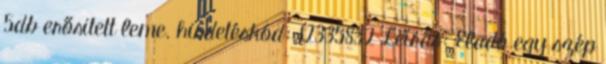
5db erősitett leme. hirdetéskód: 12335832 Leírás: Eladó egy szép